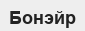
Бонэйр